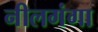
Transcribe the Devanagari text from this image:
नीलगंगा